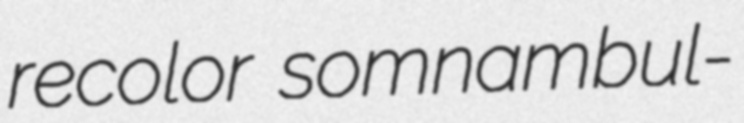
recolor somnambul-